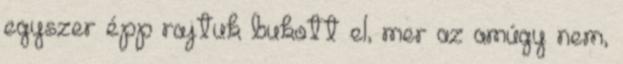
egyszer épp rajtuk bukott el, mer az amúgy nem,